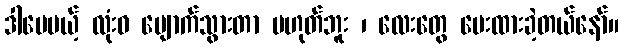
ဒါပေမယ့် လုံးဝ ပျောက်သွားတာ မဟုတ်ဘူး ၊ လေးတွေ ပေးထားခဲ့တယ်နော်။